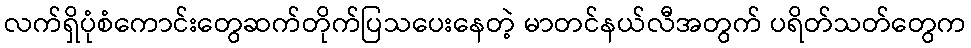
လက်ရှိပုံစံကောင်းတွေဆက်တိုက်ပြသပေးနေတဲ့ မာတင်နယ်လီအတွက် ပရိတ်သတ်တွေက